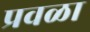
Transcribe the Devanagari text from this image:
प्रवळा